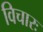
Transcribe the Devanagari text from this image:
विचारः